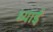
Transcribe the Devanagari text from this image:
ध्याई